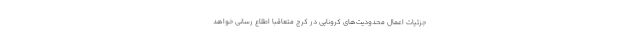
جزئیات اعمال محدودیت‌های کرونایی در کرج متعاقبا اطلاع رسانی خواهد